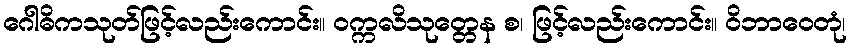
ဂေါဓိကသုတ်ဖြင့်လည်းကောင်း။ ဝက္ကလိသုတ္တေန စ၊ ဖြင့်လည်းကောင်း။ ဝိဘာဝေတုံ၊